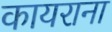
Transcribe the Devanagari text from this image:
कायराना